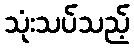
သုံးသပ်သည့်